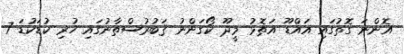
އޮންނަ ގޮތުގައި އައްޑޫ އަތޮޅު މީދޫ ކޯގަންނު ޤަބުރުސްތާނުގައި ހުރި ކުޑަކުޑަ 7